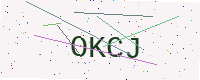
Text: OKCJ